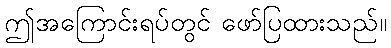
ဤအကြောင်းရပ်တွင် ဖော်ပြထားသည်။